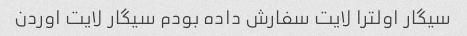
سیگار اولترا لایت سفارش داده بودم سیگار لایت اوردن